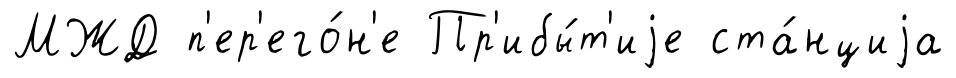
МЖД п'ер'его́н'е Пр'ибы́т'иjе ста́нциjа